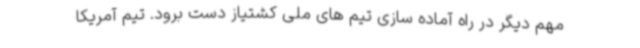
مهم دیگر در راه آماده سازی تیم های ملی کشتیاز دست برود. تیم آمریکا